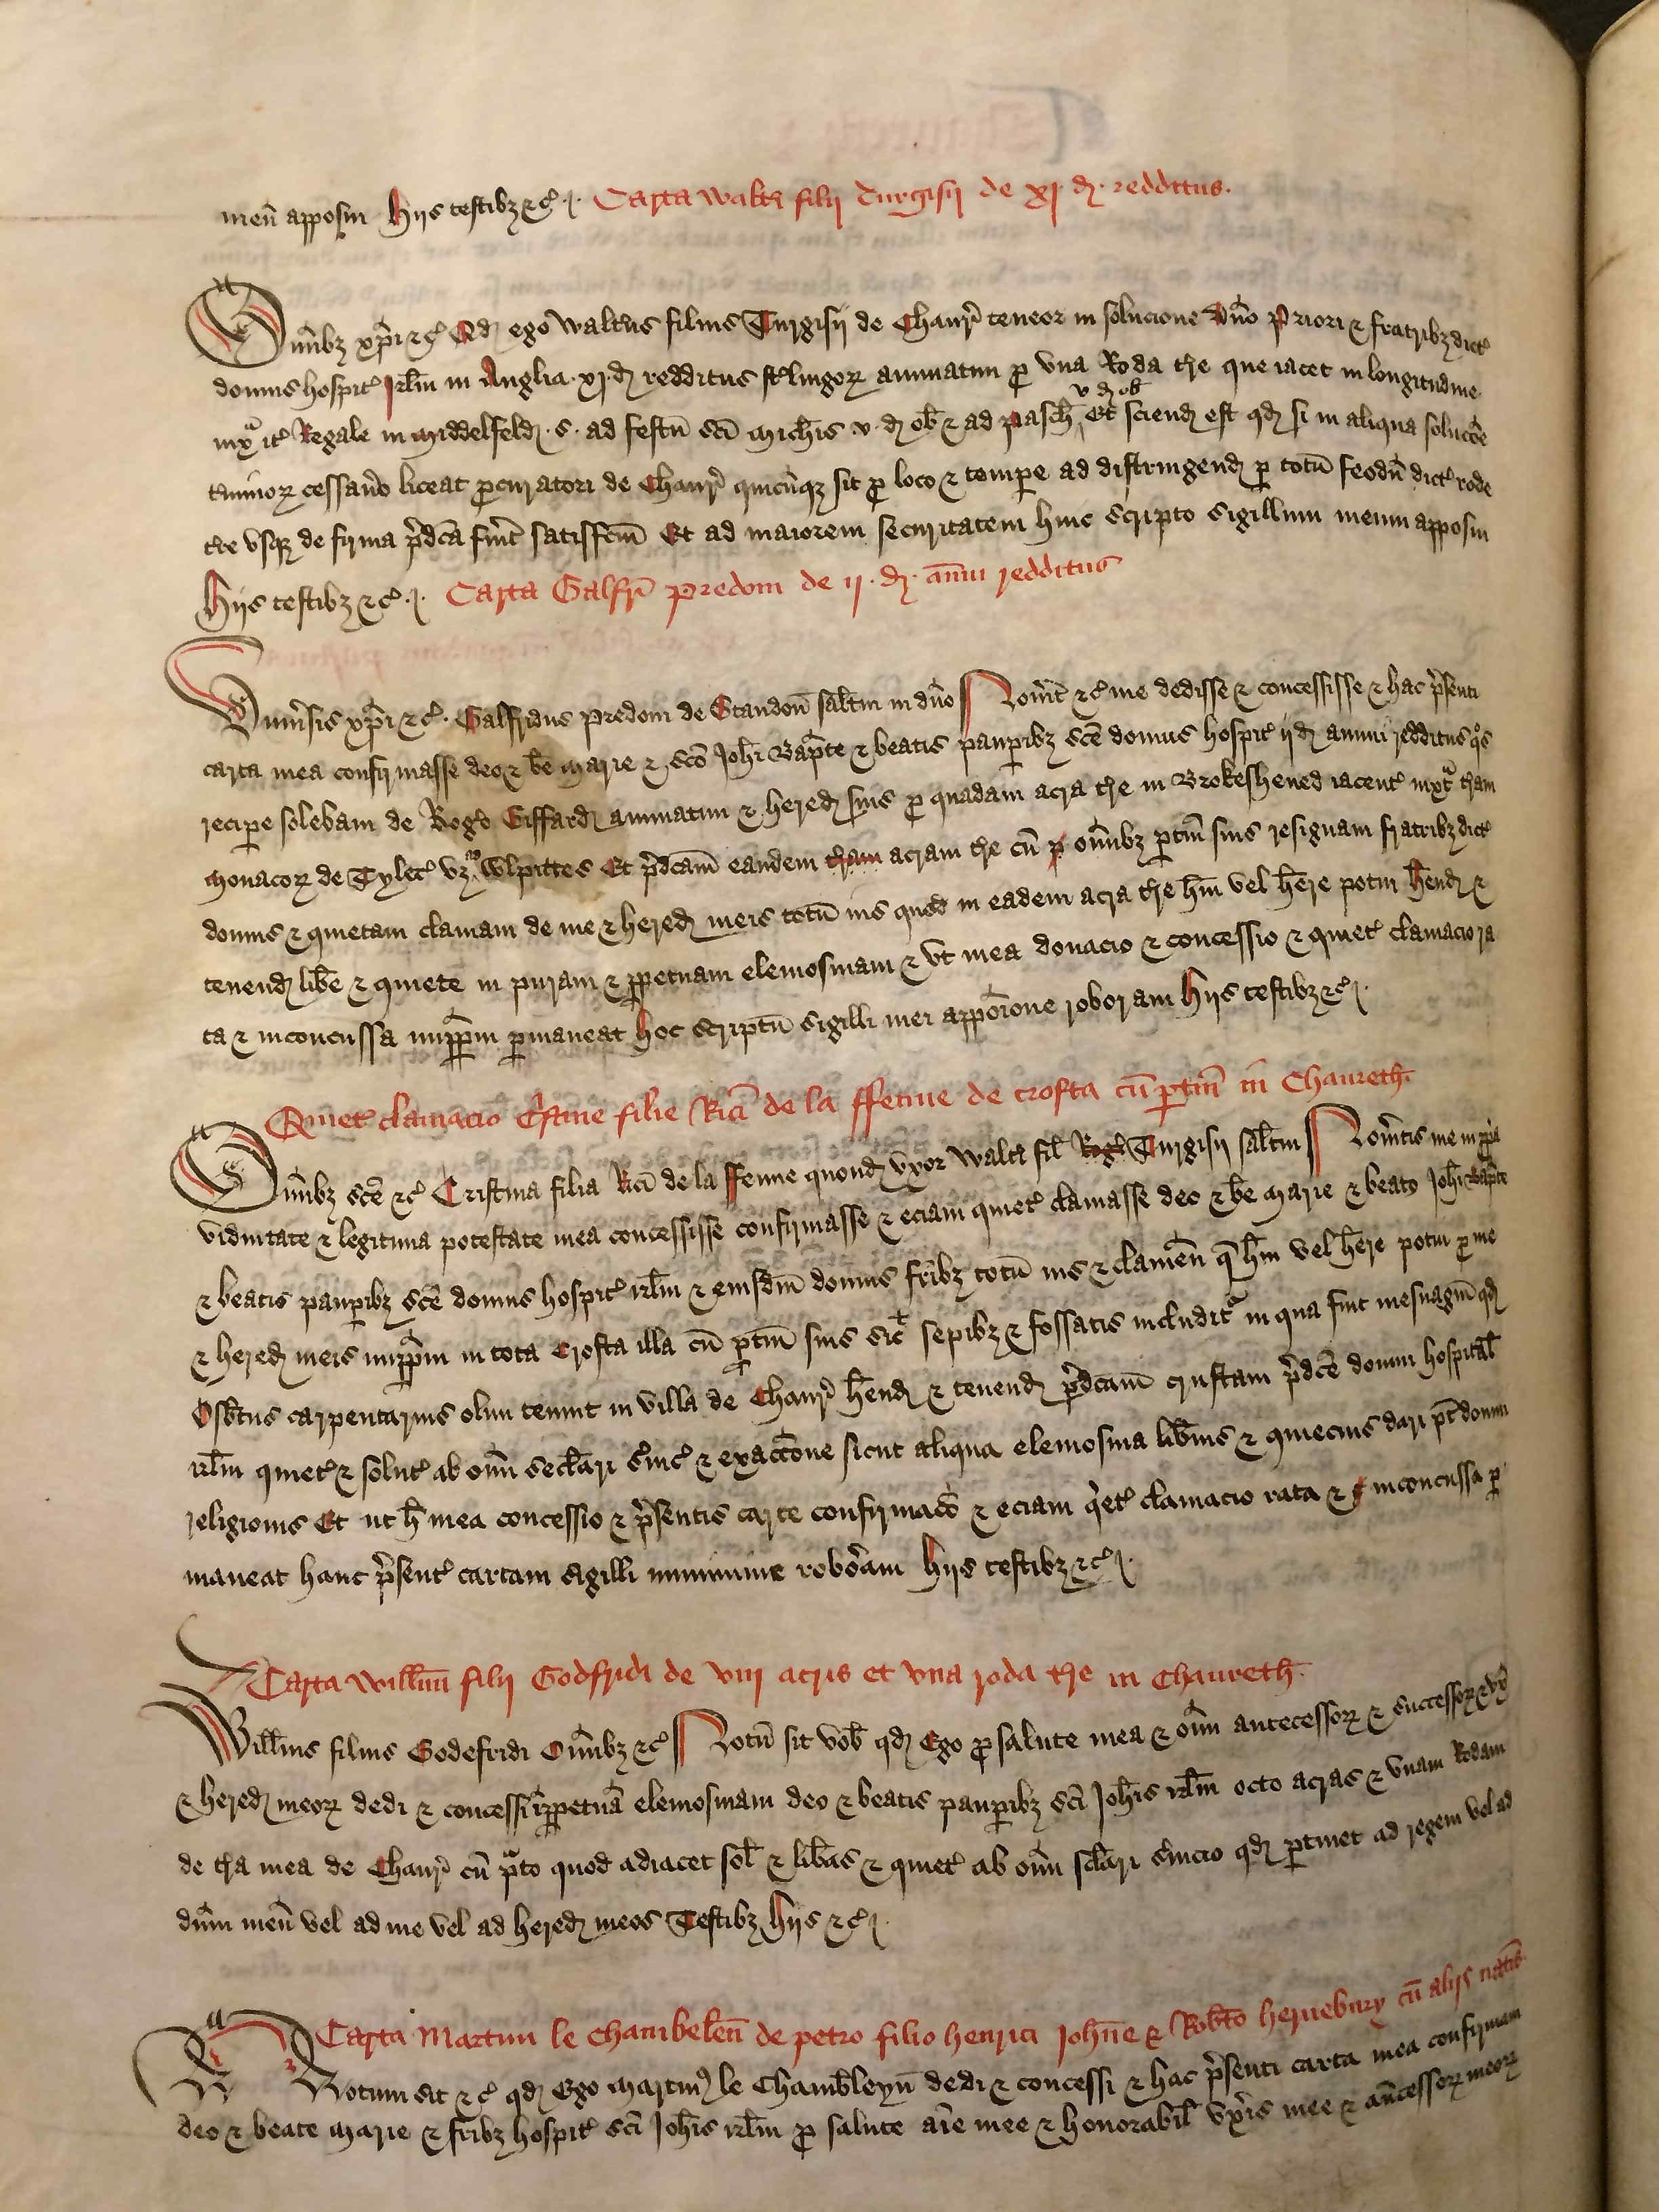
Shelfmark: London, British Library, Nero E VI
Century: 15